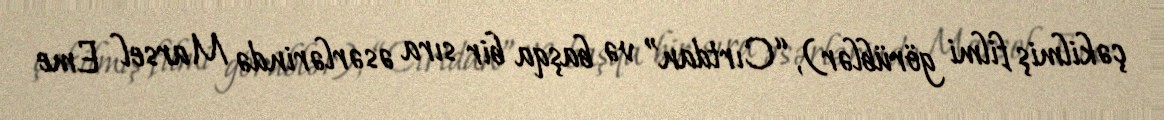
çəkilmiş filmi görüblər), “Cırtdan” və başqa bir sıra əsərlərində Marsel Eme